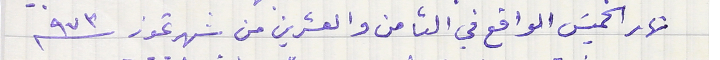
نهار الخميسَ الواقع في الثامن والعشرين من شهر تموز سنة ٩٧٣